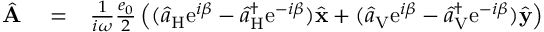
\begin{array} { r l r } { \hat { \bf A } } & { { } = } & { \frac { 1 } { i \omega } \frac { e _ { 0 } } { 2 } \left( ( \hat { a } _ { \mathrm { H } } \mathrm { e } ^ { i \beta } - \hat { a } _ { \mathrm { H } } ^ { \dagger } \mathrm { e } ^ { - i \beta } ) \hat { \bf x } + ( \hat { a } _ { \mathrm { V } } \mathrm { e } ^ { i \beta } - \hat { a } _ { \mathrm { V } } ^ { \dagger } \mathrm { e } ^ { - i \beta } ) \hat { \bf y } \right) } \end{array}